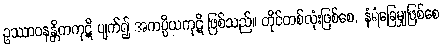
ဥဿာဝနန္တိကကုဋိ ပျက်၍ အကပ္ပိယကုဋိ ဖြစ်သည်။ တိုင်တစ်လုံးဖြစ်စေ, နံရံခြေမျှဖြစ်စေ